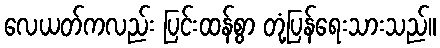
လေယတ်ကလည်း ပြင်းထန်စွာ တုံ့ပြန်ရေးသားသည်။